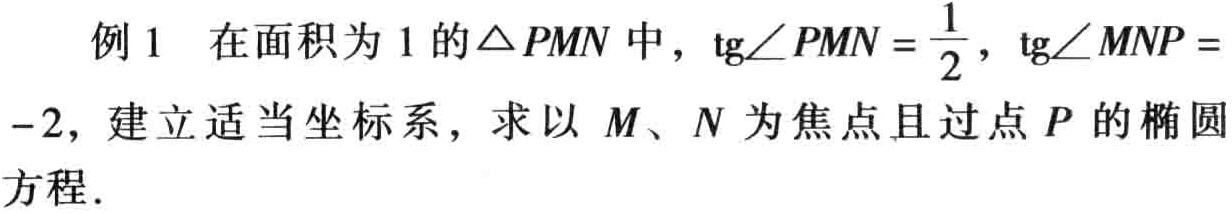
例 1 在面积为 1 的\(\triangle PMN\)中，\(\mathrm{tg}\angle PMN = \frac{1}{2}\)，\(\mathrm{tg}\angle MNP = -2\)，建立适当坐标系，求以 \(M\)、\(N\) 为焦点且过点 \(P\) 的椭圆方程.